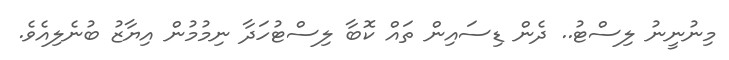
މިނުނީނު ލިސްޓު.. ދެން ޑިސައިން ތައް ކޮބާ ލިސްޓުހަދާ ނިމުމުން އިޔާޒު ބުނެލިއެވެ.